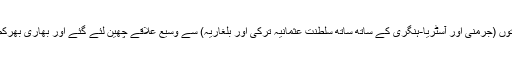
ان معاہدوں کے تحت مرکزی قوتوں (جرمنی اور آسٹریا-ہنگری کے ساتھ ساتھ سلطنت عثمانیہ ترکی اور بلغاریہ) سے وسیع علاقے چھین لئے گئے اور بھاری بھرکم تاوان جنگ مسلط کر دئے گئے۔